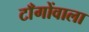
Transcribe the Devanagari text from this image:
टाँगोंवाला